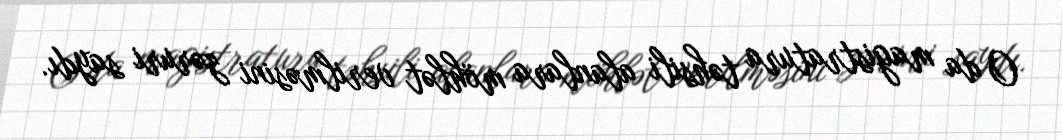
O da magistratura təhsili alanlara möhlət verilməsini zəruri saydı.